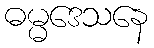
ဓမ္မဒေသနေ